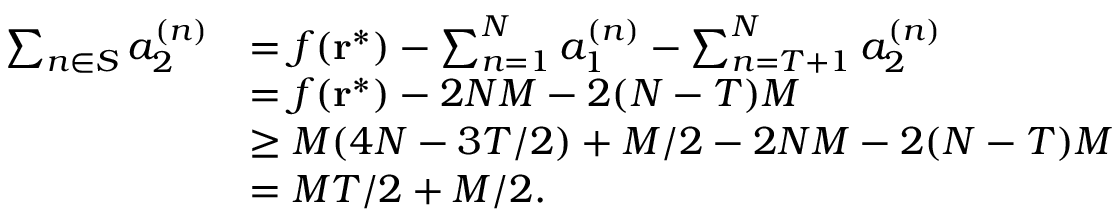
\begin{array} { r l } { \sum _ { n \in S } a _ { 2 } ^ { ( n ) } } & { = f ( \mathbf { r } ^ { * } ) - \sum _ { n = 1 } ^ { N } a _ { 1 } ^ { ( n ) } - \sum _ { n = T + 1 } ^ { N } a _ { 2 } ^ { ( n ) } } \\ & { = f ( \mathbf { r } ^ { * } ) - 2 N M - 2 ( N - T ) M } \\ & { \ge M ( 4 N - 3 T / 2 ) + M / 2 - 2 N M - 2 ( N - T ) M } \\ & { = M T / 2 + M / 2 . } \end{array}